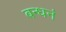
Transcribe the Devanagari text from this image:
बन्धनं